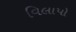
વિલાપો